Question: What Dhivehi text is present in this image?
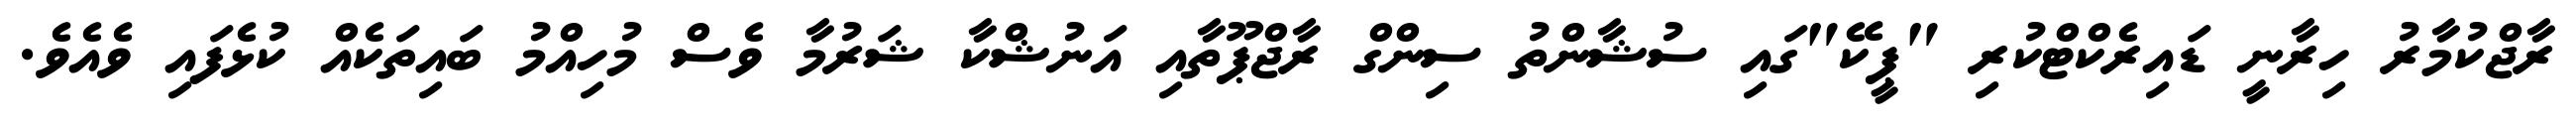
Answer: ރާޖްކުމާރު ހިރާނީ ޑައިރެކްޓްކުރި "ޕީކޭ"ގައި ސުޝާންތު ސިންގް ރާޖްޕޫތާއި އަނުޝްކާ ޝަރުމާ ވެސް މުހިއްމު ބައިތަކެއް ކުޅެފައި ވެއެވެ.